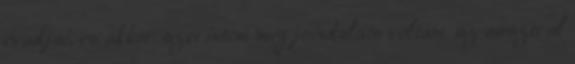
evadjai, es akkor szerintem meg joindulatu voltam. az ausztral